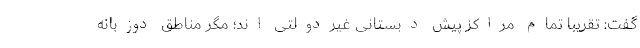
گفت: تقریبا تمام مراکز پیش دبستانی غیردولتی اند؛ مگر مناطق دوزبانه